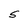
Character: S